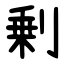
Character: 剰